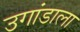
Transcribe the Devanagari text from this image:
उगांडाला